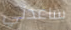
ساعدني